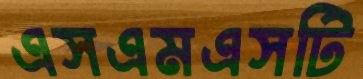
এসএমএসটি